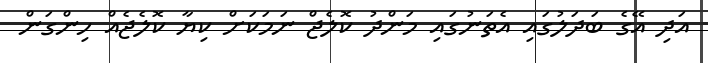
އަދި އޭގެ ބަދަލުގައި އެތަނުގައި މަންދު ކޮލެޖް ނަމަކަށް ކިޔާ ކޮލެޖެއް ހިންގަން